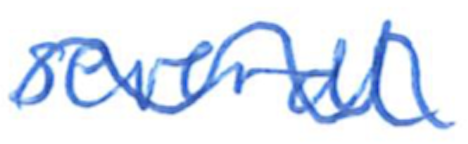
Text: several
Cross-out: wave
Writing tool: ballpoint